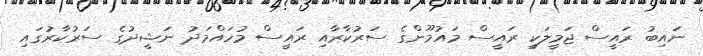
ނައިބު ރައީސް ޖަމީލަކީ ރައީސް މައުމޫންގެ ސަރުކާރާއި ރައީސް މުހައްމަދު ނަޝީދުގެ ސަރުކާރުގައި